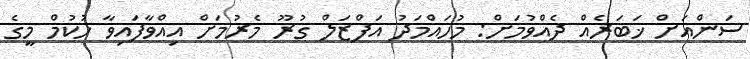
ސަންއަށް ޚަބަރެއް ދެއްވުމަށް: މުހައްމަދު އަފްޒަލް ގުރޫ މެރުމަށް އިއްވާފައިވާ ހުކުމް މީގެ